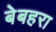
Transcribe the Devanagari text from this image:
बेबहरा